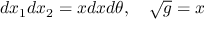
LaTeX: d x _ { 1 } d x _ { 2 } = x d x d \theta , \ \ \ \sqrt { g } = x